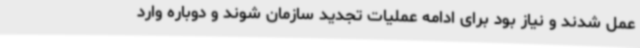
عمل شدند و نیاز بود برای ادامه عملیات تجدید سازمان شوند و دوباره وارد